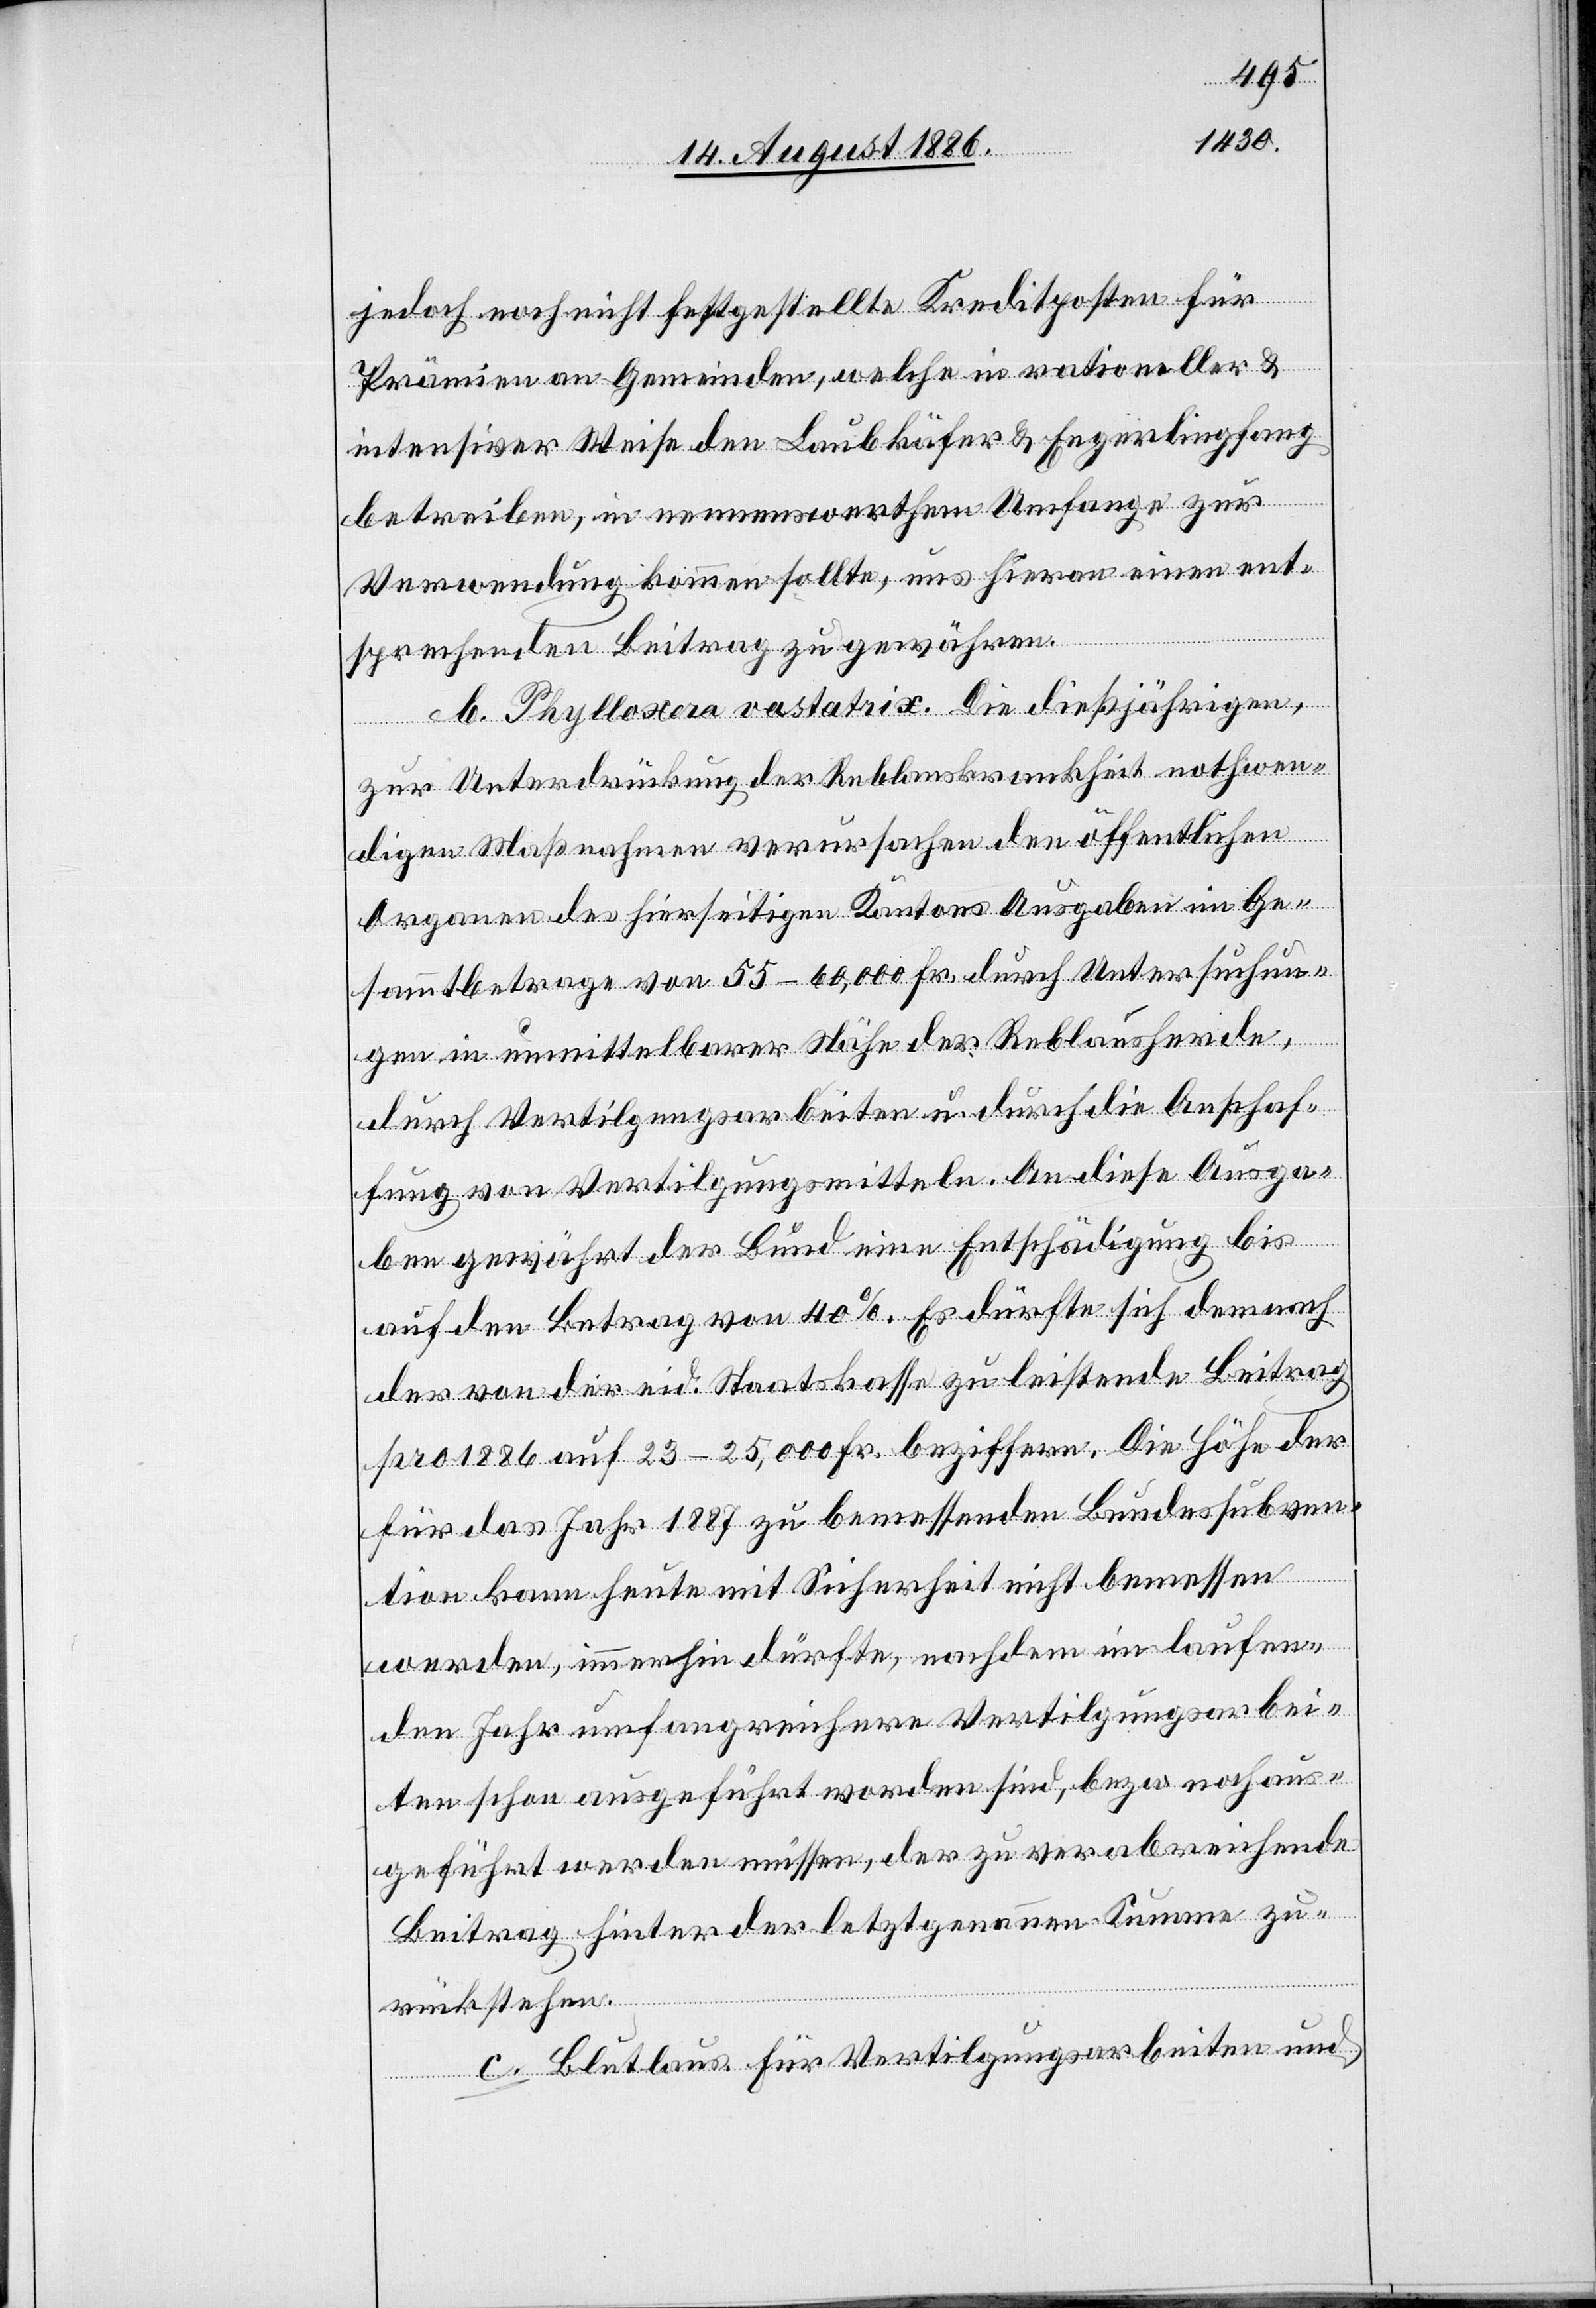
jedoch noch nicht festgestellte Kreditposten für
Prämien an Gemeinden, welche in rationeller &
intensiver Weise den Laubkäfer & Engerlingfang
betreiben, in nennenswerthem Umfange zur
Verwendung kommen sollte, uns hieran einen ent¬
sprechenden Beitrag zu gewähren.
b. Phylloxera vastatrix. Die dießjährigen,
zur Unterdrückung der Reblauskrankheit nothwen¬
digen Maßnahmen verursachen den öffentlichen
Organen des hierseitigen Kantons Ausgaben im Ge¬
sammtbetrage von 55–60,000 Fr. durch Untersuchun¬
gen in unmittelbarer Nähe der Reblausherde,
durch Vertilgungsarbeiten u. durch die Anschaf¬
fung von Vertilgungsmitteln. An diese Ausga¬
ben gewährt der Bund eine Entschädigung bis
auf den Betrag von 40%. Es dürfte sich demnach
der von der eid. Staatskasse zu leistende Beitrag
pro 1886 auf 23–25,000 Fr. beziffern. Die Höhe der
für das Jahr 1887 zu bemessenden Bundessubven¬
tion kann heute mit Sicherheit nicht bemessen
werden, immerhin dürfte, nachdem im laufen¬
den Jahr umfangreichere Vertilgungsarbei¬
ten schon ausgeführt worden sind, bezw. noch aus¬
geführt werden müssen, der zur verabreichende
Beitrag hinter der letztgenann[t]en Summe zu¬
rückstehen.
c. Blutlaus. Für Vertilgunsarbeiten und